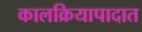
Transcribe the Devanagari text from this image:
कालक्रियापादात